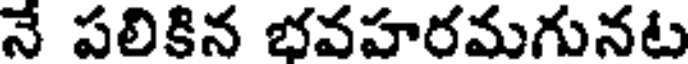
నే పలికిన భవహరమగునట